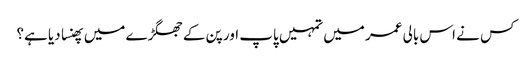
کس نے اس بالی عمر میں تمہیں پاپ اور پن کے جھگڑے میں پھنسا دیا ہے؟